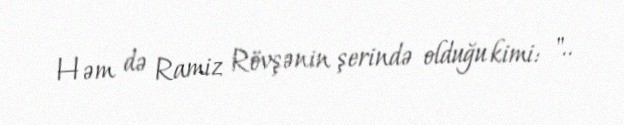
Həm də Ramiz Rövşənin şerində olduğu kimi: "..